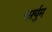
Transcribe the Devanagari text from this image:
पर्फ़्युम